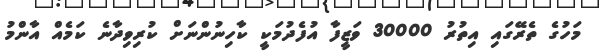
މަހުގެ ތެރޭގައި އިތުރު 30000 ވަޒީފާ އުފެދުމަކީ ކާހިނުންނަށް ކުރިވިދާނެ ކަމެއް އާންމު